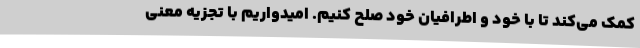
کمک می‌کند تا با خود و اطرافیان خود صلح کنیم. امیدواریم با تجزیه معنی